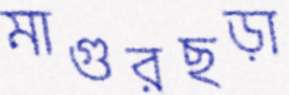
মাগুরছড়া